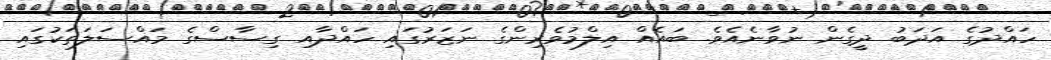
ހައްދުުގެ އަދަބު ދީގެން ނުވާނެއެވެ. ބައެއް އިލްމުވެރިންގެ ނަޒަރުގައި ހައްދާއި ގިސާސްގެ މައްސަލަތަކުގައި